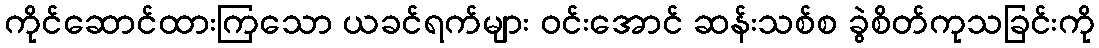
ကိုင်ဆောင်ထားကြသော ယခင်ရက်များ ဝင်းအောင် ဆန်းသစ်စ ခွဲစိတ်ကုသခြင်းကို